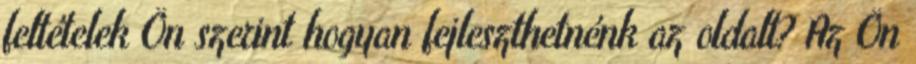
feltételek Ön szerint hogyan fejleszthetnénk az oldalt? Az Ön